Annual report of the Civil Veterinary Department, Bengal, for the year 1896-97 - 1896-1897
Year: 1896
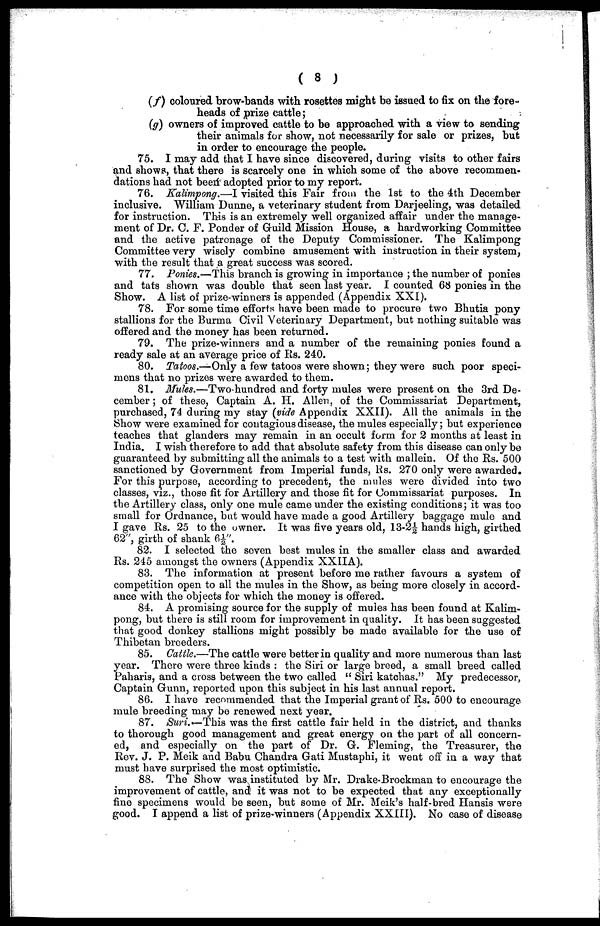
(8)
(f) coloured brow-bands with rosettes might be issued to fix on the fore-
heads of prize cattle;
(g) owners of improved cattle to be approached with a view to sending
their animals for show, not necessarily for sale or prizes, but
in order to encourage the people.
75. I may add that I have since discovered, during visits to other fairs
and shows, that there is scarcely one in which some of the above recommen-
dations had not been adopted prior to my report.
76. Kalimpong.—I visited this Fair from the 1st to the 4th December
inclusive. William Dunne, a veterinary student from Darjeeling, was detailed
for instruction. This is an extremely well organized affair under the manage-
ment of Dr. C. F. Ponder of Guild Mission House, a hardworking Committee
and the active patronage of the Deputy Commissioner. The Kalimpong
Committee very wisely combine amusement with instruction in their system,
with the result that a great success was scored.
77. Ponies.—This branch is growing in importance; the number of ponies
and tats shown was double that seen last year. I counted 68 ponies in the
Show. A list of prize-winners is appended (Appendix XXI).
78. For some time efforts have been made to procure two Bhutia pony
stallions for the Burma Civil Veterinary Department, but nothing suitable was
offered and the money has been returned.
79. The prize-winners and a number of the remaining ponies found a
ready sale at an average price of Rs. 240.
80. Tatoos.—Only a few tatoos were shown; they were such poor speci-
mens that no prizes were awarded to them.
81. Mules.—Two-hundred
and forty mules were present on the 3rd De-
cember; of these, Captain A. II. Allen, of the Commissariat Department,
purchased, 74 during my stay (vide Appendix XXII). All the animals in the
Show were examined for contagious disease, the mules especially; but experience
teaches that glanders may remain in an occult form for 2 months at least in
India. I wish therefore to add that absolute safety from this disease can only be
guaranteed by submitting all the animals to a test with mallein. Of the Rs. 500
sanctioned by Government from Imperial funds, Rs. 270 only were awarded.
For this purpose, according to precedent, the mules were divided into two
classes, viz., those fit for Artillery and those fit for Commissariat purposes. In
the Artillery class, only one mule came under the existing conditions; it was too
small for Ordnance, but would have made a good Artillery baggage mule and
I gave Rs. 25 to the owner. It was five years old, 13-2½ hands high, girthed
62", girth of shank 6½".
82. I selected the seven best mules in the smaller class and awarded
Rs. 245 amongst the owners (Appendix XXIIA).
83. The information at present before me rather favours a system of
competition open to all the mules in the Show, as being more closely in accord-
ance with the objects for which the money is offered.
84. A promising source for the supply of mules has been found at Kalim-
pong, but there is still room for improvement in quality. It has been suggested
that good donkey stallions might possibly be made available for the use of
Thibetan breeders.
85. Cattle.—The cattle were better in quality and more numerous than last
year. There were three kinds: the Siri or large breed, a small breed called
Paharis, and a cross between the two called "Siri katchas." My predecessor,
Captain Gunn, reported upon this subject in his last annual report.
86. I have recommended that the Imperial grant of Rs. 500 to encourage
mule breeding may bo renewed next year.
87. Suri.—This was the first cattle fair held in the district, and thanks
to thorough good management and great energy on the part of all concern-
ed, and especially on the part of Dr. G. Fleming, the Treasurer, the
Rev. J. P. Meik and Babu Chandra Gati Mustaphi, it went off in a way that
must have surprised the most optimistic.
88. The Show was instituted by Mr. Drake-Brockman to encourage the
improvement of cattle, ana it was not to be expected that any exceptionally
fine specimens would be seen, but some of Mr. Meik's half-bred Hansis were
good. I append a list of prize-winners (Appendix XXIII). No case of disease